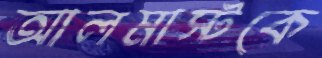
আলমাস্টকে